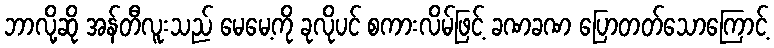
ဘာလို့ဆို အန်တီလူးသည် မေမေ့ကို ခုလိုပင် စကားလိမ်ဖြင့် ခဏခဏ ပြောတတ်သောကြောင့်